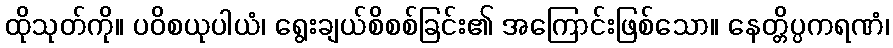
ထိုသုတ်ကို။ ပဝိစယုပါယံ၊ ရွေးချယ်စိစစ်ခြင်း၏ အကြောင်းဖြစ်သော။ နေတ္တိပ္ပကရဏံ၊